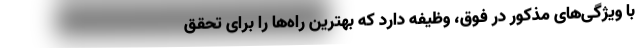
با ویژگی‌های مذکور در فوق، وظیفه دارد که بهترین راه‌ها را برای تحقق